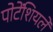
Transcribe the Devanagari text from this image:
पोटेंशियलें